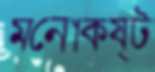
মনোকষ্ট